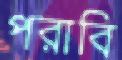
পরাবি